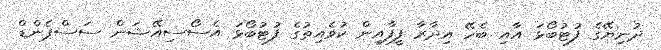
ދުނިޔޭގެ ފުޓުބޯޅަ އާއި ބެހޭ އިދާރާ ފީފާއިން ކުވެއިތުގެ ފުޓުބޯޅަ އެސޯސިއޭޝަން ސަސްޕެންޑް